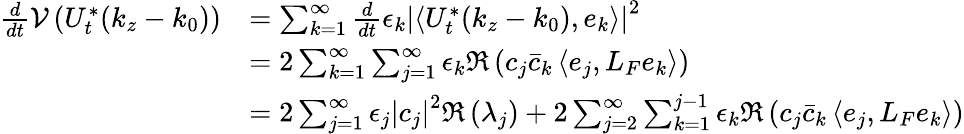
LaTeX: \begin{array}{rl}{\frac{d}{dt}\mathcal{V}\left(U_{t}^{*}(k_{z}-k_{0})\right)}&{=\sum_{k=1}^{\infty}\frac{d}{dt}\epsilon_{k}\left|\left\langle U_{t}^{*}(k_{z}-k_{0}),e_{k}\right\rangle\right|^{2}}\\ &{=2\sum_{k=1}^{\infty}\sum_{j=1}^{\infty}\epsilon_{k}\Re\left(c_{j}\bar{c}_{k}\left\langle e_{j},L_{F}e_{k}\right\rangle\right)}\\ &{=2\sum_{j=1}^{\infty}\epsilon_{j}\left|c_{j}\right|^{2}\Re\left(\lambda_{j}\right)+2\sum_{j=2}^{\infty}\sum_{k=1}^{j-1}\epsilon_{k}\Re\left(c_{j}\bar{c}_{k}\left\langle e_{j},L_{F}e_{k}\right\rangle\right)}\end{array}